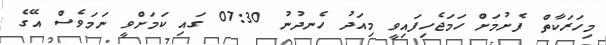
މިހަރަކާތް ފެށުމަށް ހަމަޖެހިފައިވީ މިއަދު ހެނދުނު 07:30 ގައި ކަމަށްވީ ނަމަވެސް އޭގެ